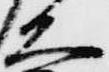
大